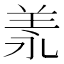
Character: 𦍛